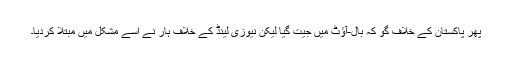
پھر پاکستان کے خلاف گو کہ بال-آؤٹ میں جیت گیا لیکن نیوزی لینڈ کے خلاف ہار نے اسے مشکل میں مبتلا کردیا۔